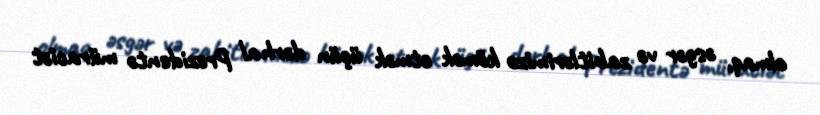
olmaq, əsgər və zabitlərimizə kömək etmək üçün dərhal Prezidentə müraciət